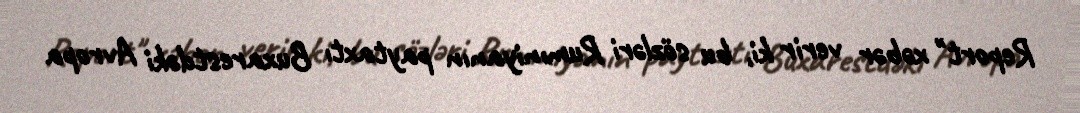
Report" xəbər verir ki, bu sözləri Rumıniyanın paytaxtı Buxarestdəki Avropa